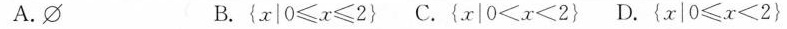
A. ΦB.$$\left{ x|0 ≤ x ≤ 2\right}$$ C.$$\left{x|0 ≤ x ≤ 2\right} $$D.$$\left{x|0 ≤ x < 2\right}$$